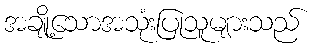
အချို့သောအသုံးပြုသူများသည်